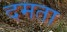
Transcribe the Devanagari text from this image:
दमता